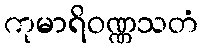
ကုမာရိဝဏ္ဏသတံ